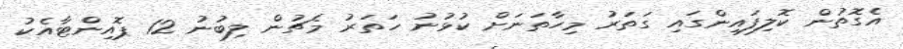
އެގޮތުން ކޮލިފައިންގައި ގަތަރު މިހާތަނަށް ކުޅުނު ހަތަރު މެޗުން ލިބުނު 12 ޕޮއިންޓާއެކު